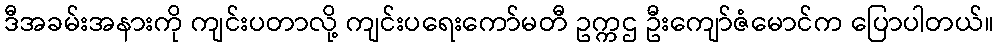
ဒီအခမ်းအနားကို ကျင်းပတာလို့ ကျင်းပရေးကော်မတီ ဥက္ကဌ ဦးကျော်ဇံမောင်က ပြောပါတယ်။